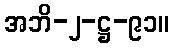
အဘိ-၂-ဋ္ဌ-၉၁။